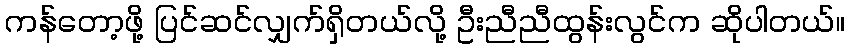
ကန်တော့ဖို့ ပြင်ဆင်လျှက်ရှိတယ်လို့ ဦးညီညီထွန်းလွင်က ဆိုပါတယ်။